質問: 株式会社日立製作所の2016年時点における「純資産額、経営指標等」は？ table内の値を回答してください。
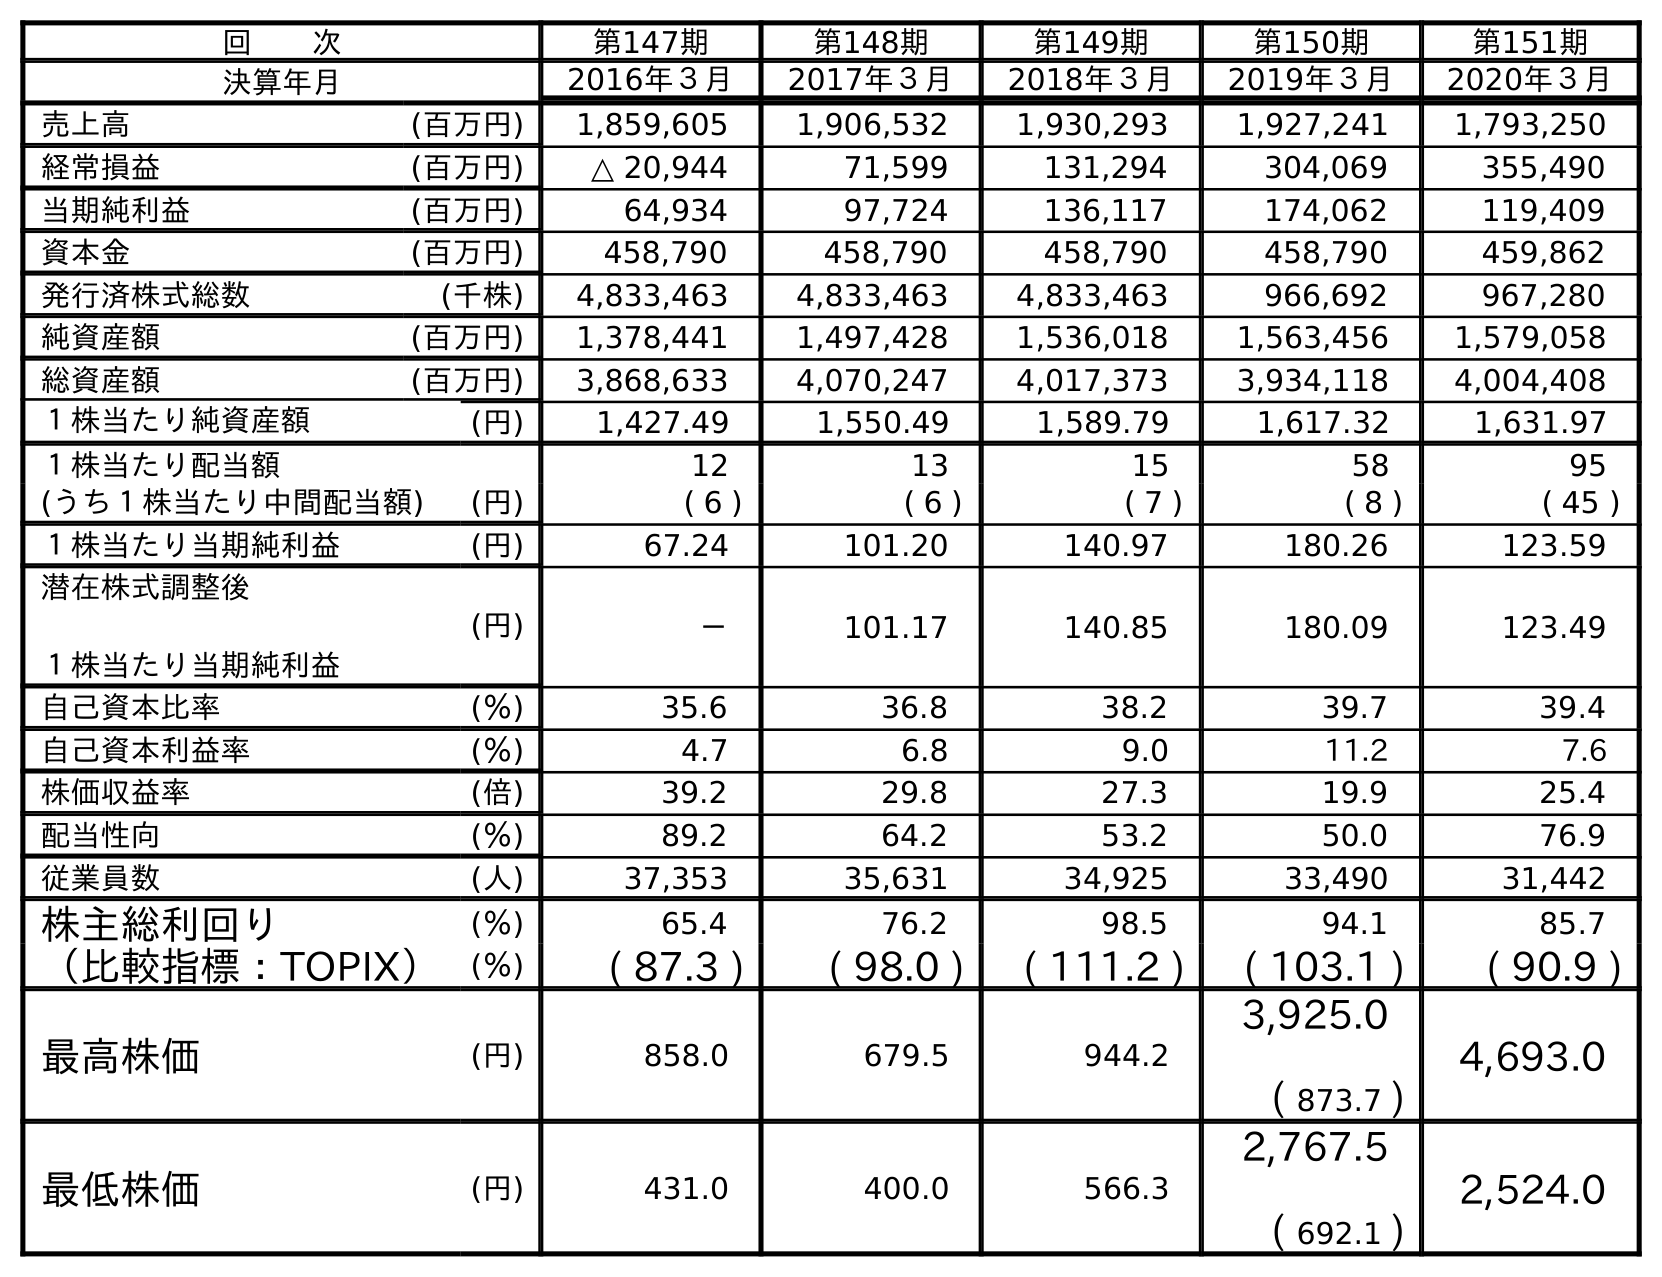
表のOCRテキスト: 回  次 第147期 第148期 第149期 第150期 第151期 決算年月 2016年３月 2017年３月 2018年３月 2019年３月 2020年３月 売上高 (百万円) 1,859,605 1,906,532 1,930,293 1,927,241 1,793,250 経常損益 (百万円) △ 20,944 71,599 131,294 304,069 355,490 当期純利益 (百万円) 64,934 97,724 136,117 174,062 119,409 資本金 (百万円) 458,790 458,790 458,790 458,790 459,862 発行済株式総数 (千株) 4,833,463 4,833,463 4,833,463 966,692 967,280 純資産額 (百万円) 1,378,441 1,497,428 1,536,018 1,563,456 1,579,058 総資産額 (百万円) 3,868,633 4,070,247 4,017,373 3,934,118 4,004,408 １株当たり純資産額 (円) 1,427.49 1,550.49 1,589.79 1,617.32 1,631.97 １株当たり配当額 12 13 15 58 95 (うち１株当たり中間配当額) (円) ( 6 ) ( 6 ) ( 7 ) ( 8 ) ( 45 ) １株当たり当期純利益 (円) 67.24 101.20 140.97 180.26 123.59 潜在株式調整後 １株当たり当期純利益 (円) － 101.17 140.85 180.09 123.49 自己資本比率 (％) 35.6 36.8 38.2 39.7 39.4 自己資本利益率 (％) 4.7 6.8 9.0 11.2 7.6 株価収益率 (倍) 39.2 29.8 27.3 19.9 25.4 配当性向 (％) 89.2 64.2 53.2 50.0 76.9 従業員数 (人) 37,353 35,631 34,925 33,490 31,442 株主総利回り (％) 65.4 76.2 98.5 94.1 85.7 （比較指標：TOPIX） (％) ( 87.3 ) ( 98.0 ) ( 111.2 ) ( 103.1 ) ( 90.9 ) 最高株価 (円) 858.0 679.5 944.2 3,925.0 ( 873.7 ) 4,693.0 最低株価 (円) 431.0 400.0 566.3 2,767.5 ( 692.1 ) 2,524.0
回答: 1,378,441